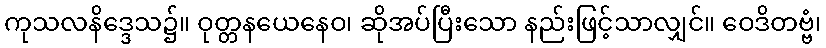
ကုသလနိဒ္ဒေသ၌။ ဝုတ္တနယေနေဝ၊ ဆိုအပ်ပြီးသော နည်းဖြင့်သာလျှင်။ ဝေဒိတဗ္ဗံ၊